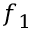
f _ { 1 }